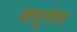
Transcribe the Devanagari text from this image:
जादूगोडा